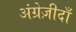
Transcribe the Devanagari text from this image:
अंग्रेज़ीदाँ